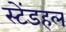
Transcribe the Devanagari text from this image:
स्टेंडहल